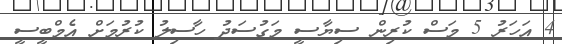
4 އަހަރު 5 މަސް ކުރިން ސިޔާސީ މަގުސަދު ހާސިލު ކުރުމަށް އެމްބީސީ